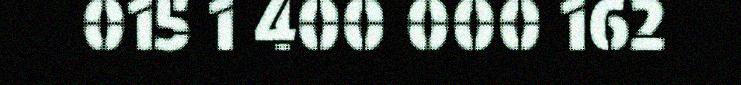
015 1 400 000 162